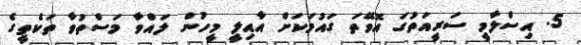
5. އިސްލާމީ ސަރީއަތުގަ އޮވޭތަ ގައުމަކަށް އާއިލީ މީހުން ލައްވާ މަސްތުވާ ތަކެތީގެ